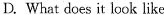
D. What does it look like